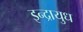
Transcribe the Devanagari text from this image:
इन्द्रायुध